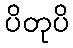
ပိတုပိ